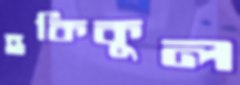
হকিকুল